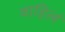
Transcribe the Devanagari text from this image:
वाहिलं